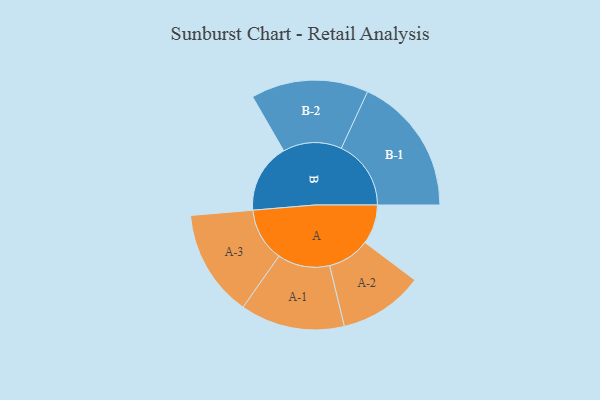
{"axis": {"x": "Segment", "y": "Value"}, "legend": ["", "A", "B"], "data": [{"x": "A", "y": 115, "type": ""}, {"x": "B", "y": 202, "type": ""}, {"x": "A-1", "y": 152, "type": "A"}, {"x": "A-2", "y": 123, "type": "A"}, {"x": "A-3", "y": 156, "type": "A"}, {"x": "B-1", "y": 203, "type": "B"}, {"x": "B-2", "y": 171, "type": "B"}]}